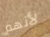
لأنهم